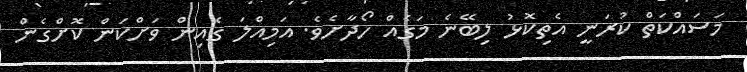
މަސައްކަތް ކުރަނީ އެތިކޮޅު ލިބޭނެ މަގެއް ހޯދާށެވެ. އަމިއްލަ ގެއިން ވަށްކަން ކޮށްގެން